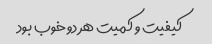
کیفیت و کمیت هر دو خوب بود